Lunatic asylums in Bengal annual reports 1899-1911 - 1899-1911
Year: 1899
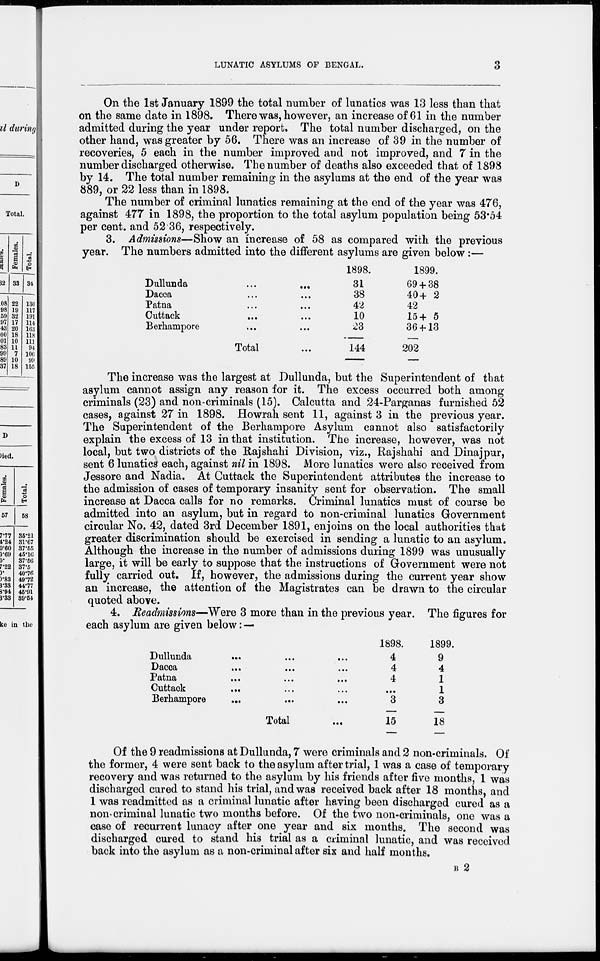
LUNATIC ASYLUMS OF BENGAL.
3
On the 1st January 1899 the total number of lunatics was 13 less than that
on the same date in 1898. There was, however, an increase of 61 in the number
admitted during the year under report. The total number discharged, on the
other hand, was greater by 56. There was an increase of 39 in the number of
recoveries, 5 each in the number improved and not improved, and 7 in the
number discharged otherwise. The number of deaths also exceeded that of 1898
by 14. The total number remaining in the asylums at the end of the year was
889, or 22 less than in 1898.
The number of criminal lunatics remaining at the end of the year was 476,
against 477 in 1898, the proportion to the total asylum population being 53.54
per cent. and 52.36, respectively.
3. Admissions—Show an increase of 58 as compared with the previous
year. The numbers admitted into the different asylums are given below :—
Dullunda
...
...
Dacca ... ...
Patna ... ...
Cuttack ... ...
Berhampore ... ...
Total ...
1898.
31
38
42
10
23
144
1899.
69 + 38
40 + 2
42
15 + 5
36 + 13
202
The increase was the largest at Dullunda, but the Superintendent of that
asylum cannot assign any reason for it. The excess occurred both among
criminals (23) and non-criminals (15). Calcutta and 24-Parganas furnished 52
cases, against 27 in 1898. Howrah sent 11, against 3 in the previous year.
The Superintendent of the Berhampore Asylum cannot also satisfactorily
explain the excess of 13 in that institution. The increase, however, was not
local, but two districts of the Rajshahi Division, viz., Rajshahi and Dinajpur,
sent 6 lunatics each, against nil in 1898. More lunatics were also received from
Jessore and Nadia. At Cuttack the Superintendent attributes the increase to
the admission of cases of temporary insanity sent for observation. The small
increase at Dacca calls for no remarks. Criminal lunatics must of course be
admitted into an asylum, but in regard to non-criminal lunatics Government
circular No. 42, dated 3rd December 1891, enjoins on the local authorities that
greater discrimination should be exercised in sending a lunatic to an asylum.
Although the increase in the number of admissions during 1899 was unusually
large, it will be early to suppose that the instructions of Government were not
fully carried out. If, however, the admissions during the current year show
an increase, the attention of the Magistrates can be drawn to the circular
quoted above.
4. Readmissions—Were 3 more than in the previous year. The figures for
each asylum are given below: —
Dullunda
...
...
...
Dacca ... ... ...
Patna ... ... ...
Cuttack ... ... ...
Berhampore
...
Total ...
1898.
4
4
4
...
3
15
1899.
9
4
1
1
3
18
Of the 9 readmissions at Dullunda, 7 were criminals and 2 non-criminals. Of
the former, 4 were sent back to the asylum after trial, 1 was a case of temporary
recovery and was returned to the asylum by his friends after five months, 1 was
discharged cured to stand his trial, and was received back after 18 months, and
1 was readmitted as a criminal lunatic after having been discharged cured as a
non-criminal lunatic two months before. Of the two non-criminals, one was a
case of recurrent lunacy after one year and six months. The second was
discharged cured to stand his trial as a criminal lunatic, and was received
back into the asylum as a non-criminal after six and half months.
B 2